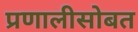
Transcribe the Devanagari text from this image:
प्रणालीसोबत